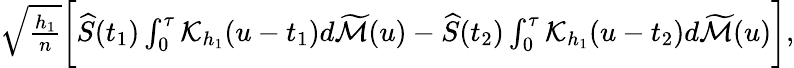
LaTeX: \begin{array}{r}{\sqrt{\frac{h_{1}}{n}}\bigg[\widehat S(t_{1})\int_{0}^{\tau}\mathcal{K}_{h_{1}}(u-t_{1})d\widetilde{\mathcal{M}}(u)-\widehat S(t_{2})\int_{0}^{\tau}\mathcal{K}_{h_{1}}(u-t_{2})d\widetilde{\mathcal{M}}(u)\bigg],}\end{array}